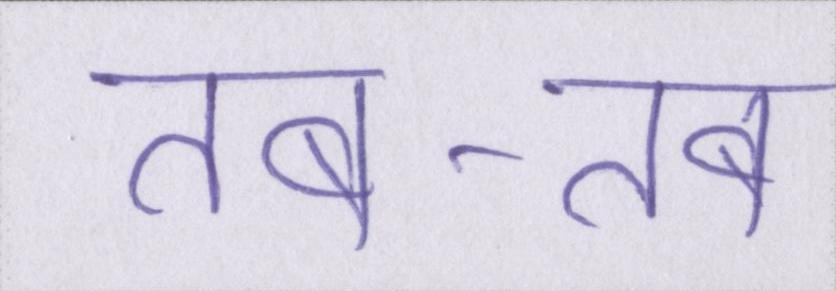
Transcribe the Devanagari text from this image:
तब-तब